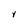
Character: Y